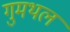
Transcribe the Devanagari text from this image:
गुमथल